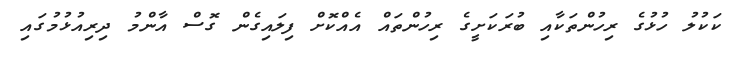
ކަކުލު ހުޅުގެ ރިހުންތަކާއި ބުރަކަށީގެ ރިހުންތައް އެއްކޮށް ފިލައިގެން ގޮސް އާންމު ދިރިއުޅުމުގައި